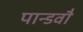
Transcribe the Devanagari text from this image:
पान्डवौ